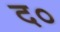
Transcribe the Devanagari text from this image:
द०